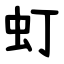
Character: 虰